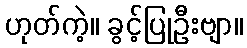
ဟုတ်ကဲ့။ ခွင့်ပြုဦးဗျာ။